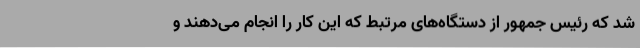
شد که رئیس جمهور از دستگاه‌های مرتبط که این کار را انجام می‌دهند و